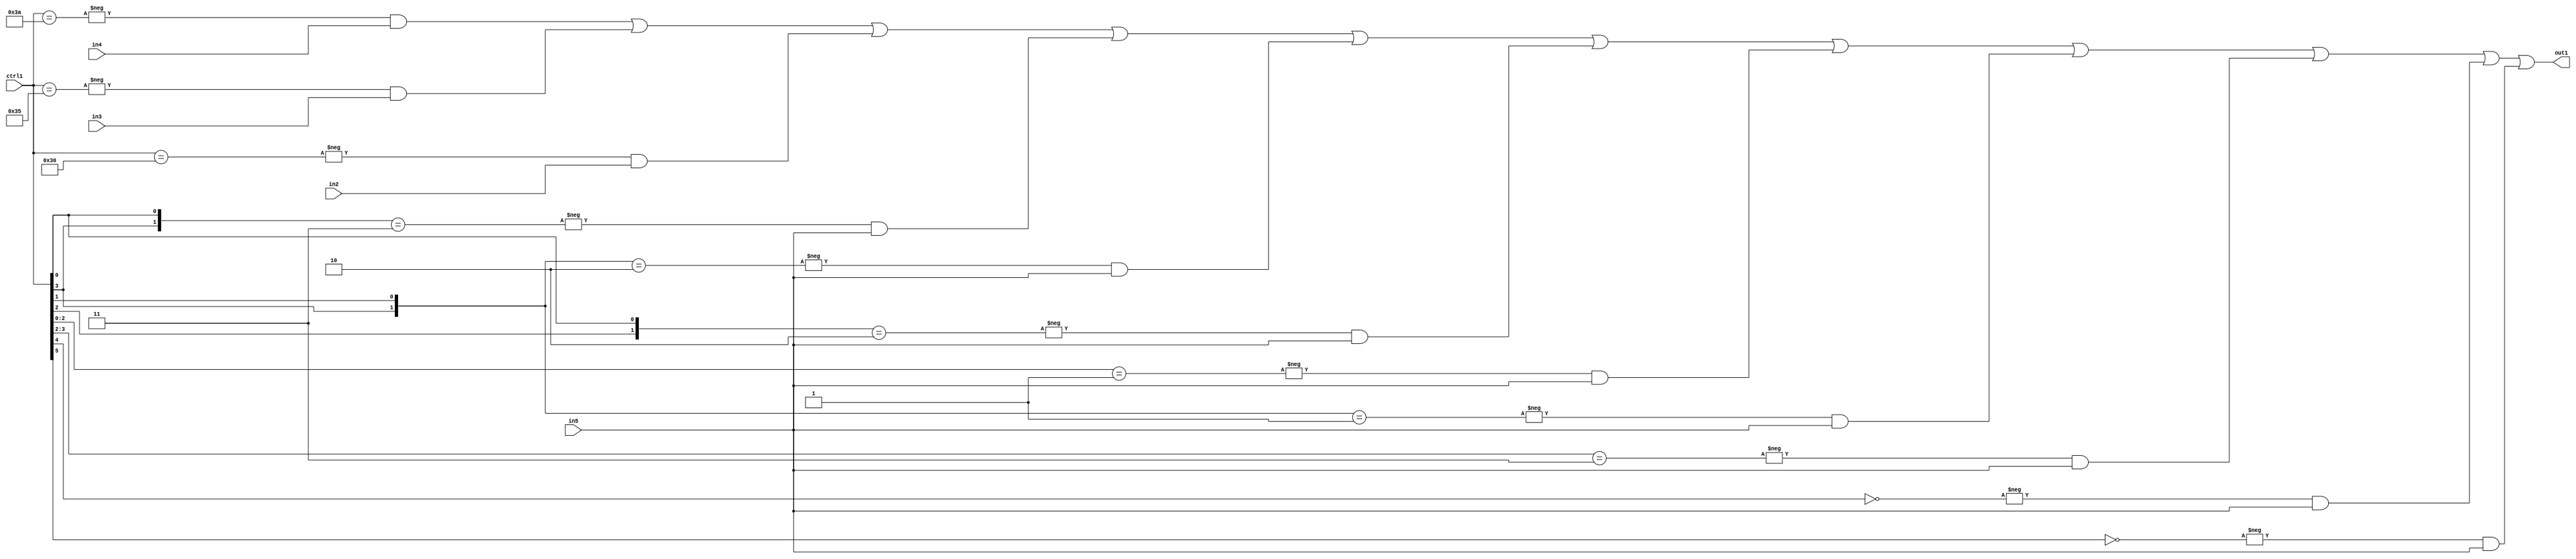
`timescale 1ps / 1ps
/*****************************************************************************
    Verilog RTL Description
    
    
    Created by: Stratus DpOpt 21.05.01 
*******************************************************************************/

module SobelFilter_N_Mux_32_4_62_1 (
	in5,
	in4,
	in3,
	in2,
	ctrl1,
	out1
	); /* architecture "behavioural" */ 
input [31:0] in5;
input [8:0] in4,
	in3,
	in2;
input [5:0] ctrl1;
output [31:0] out1;
wire [31:0] asc001;

assign asc001 = 
	-{ctrl1 == 6'B111010} & in4 |
	-{ctrl1 == 6'B110101} & in3 |
	-{ctrl1 == 6'B110000} & in2 |
	-{{ctrl1[3], ctrl1[0]} == 2'B11} & in5 |
	-{{ctrl1[3], ctrl1[1]} == 2'B10} & in5 |
	-{{ctrl1[2], ctrl1[0]} == 2'B10} & in5 |
	-{ctrl1[2:0] == 3'B001} & in5 |
	-{{ctrl1[3], ctrl1[1]} == 2'B01} & in5 |
	-{ctrl1[3:2] == 2'B11} & in5 |
	-{ctrl1[4] == 1'B0} & in5 |
	-{ctrl1[5] == 1'B0} & in5 ;

assign out1 = asc001;
endmodule

/* CADENCE  vrn4SgA= : u9/ySxbfrwZIxEzHVQQV8Q== ** DO NOT EDIT THIS LINE ******/